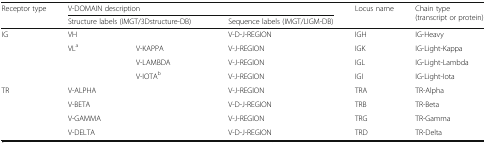
| Receptor type | <COLSPAN=3> V-DOMAIN description | <ROWSPAN=2> Locus name | <ROWSPAN=2> Chain type (transcript or protein) |
 |  | <COLSPAN=2> Structure labels (IMGT/3Dstructure-DB) | Sequence labels (IMGT/LIGM-DB) |
 | --- | --- | --- | --- | --- | --- |
 | <ROWSPAN=4> IG | <COLSPAN=2> VH | V-D-J-REGION | IGH | IG-Heavy |
 | VLa | V-KAPPA | V-J-REGION | IGK | IG-Light-Kappa |
 |  | V-LAMBDA | V-J-REGION | IGL | IG-Light-Lambda |
 |  | V-IOTAb | V-J-REGION | IGI | IG-Light-Iota |
 | <ROWSPAN=4> TR | <COLSPAN=2> V-ALPHA | V-J-REGION | TRA | TR-Alpha |
 | <COLSPAN=2> V-BETA | V-D-J-REGION | TRB | TR-Beta |
 | <COLSPAN=2> V-GAMMA | V-J-REGION | TRG | TR-Gamma |
 | <COLSPAN=2> V-DELTA | V-D-J-REGION | TRD | TR-Delta |